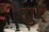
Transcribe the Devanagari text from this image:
ह्युए